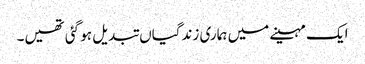
ایک مہینے میں ہماری زندگیاں تبدیل ہو گئی تھیں۔